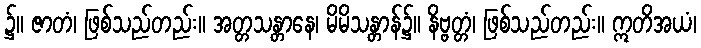
၌။ ဇာတံ၊ ဖြစ်သည်တည်း။ အတ္တသန္တာနေ၊ မိမိသန္တာန်၌။ နိဗ္ဗတ္တံ၊ ဖြစ်သည်တည်း။ ဣတိအယံ၊